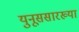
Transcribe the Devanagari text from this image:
युनूससारख्या